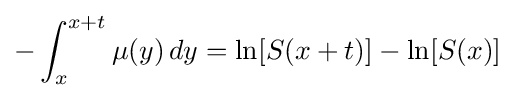
-\int _{x}^{x+t}\mu (y)\,dy=\ln[S(x+t)]-\ln[S(x)]